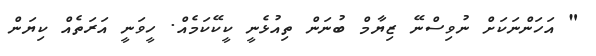
" އަހަންނަކަށް ނުވިސްނޭ ޒިޔާމް ބުނަން ތިއުޅެނީ ކީކޭކަމެއް. ހީވަނީ އަރަތެއް ކިޔަން